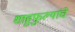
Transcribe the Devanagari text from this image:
शाहुफुल्यांचे